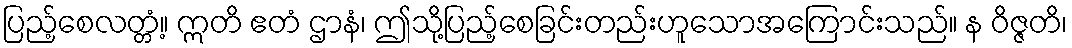
ပြည့်စေလတ္တံ့။ ဣတိ ဧတံ ဌာနံ၊ ဤသို့ပြည့်စေခြင်းတည်းဟူသောအကြောင်းသည်။ န ဝိဇ္ဇတိ၊